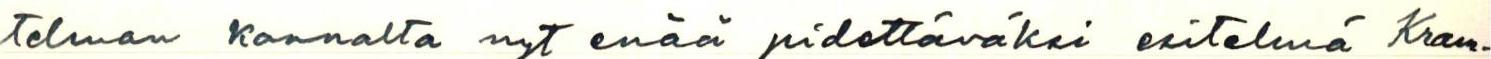
telman kannalta nyt enää pidettäväksi esitelmä Kram-